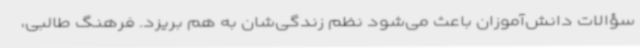
سؤالات دانش‌آموزان باعث می‌شود نظم زندگی‌شان به هم بریزد. فرهنگ طالبی،